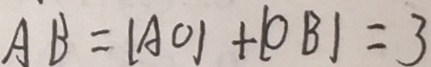
A B = \vert A O \vert + \vert O B \vert = 3